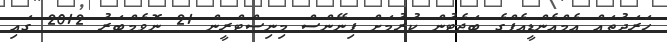
ހަރަދުތައް އެމްއެންޑީއެފްގެ ބަޖެޓުން ކުރުމަށް ފިނޭންސް މިނިސްޓްރީން 21 ނޮވެމްބަރު 2012 ގައި